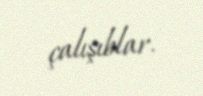
çalışıblar.